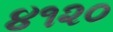
૪૧૨૦